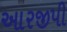
આરજીપી